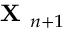
\boldsymbol { \textbf { X } } _ { n + 1 }